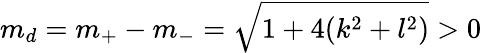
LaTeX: m_{d}=m_{+}-m_{-}=\sqrt{1+4(k^{2}+l^{2})}>0